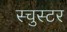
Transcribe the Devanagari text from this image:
स्चुस्टर